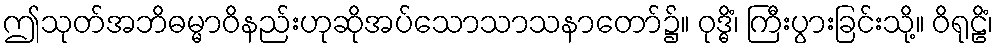
ဤသုတ်အဘိဓမ္မာဝိနည်းဟုဆိုအပ်သောသာသနာတော်၌။ ဝုဒ္ဓိံ၊ ကြီးပွားခြင်းသို့။ ဝိရုဠိံ၊